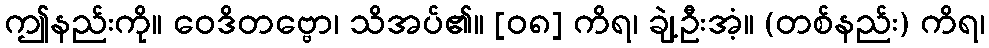
ဤနည်းကို။ ဝေဒိတဗ္ဗော၊ သိအပ်၏။ [၀၈] ကိရ၊ ချဲ့ဦးအံ့။ (တစ်နည်း) ကိရ၊